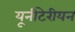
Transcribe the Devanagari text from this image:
यूनीटेरीयन